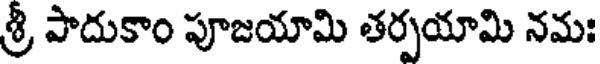
శ్రీ పాదుకాం పూజయామి తర్పయామి నమః